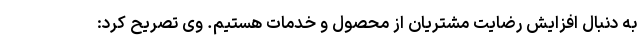
به دنبال افزایش رضایت مشتریان از محصول و خدمات هستیم. وی تصریح کرد: